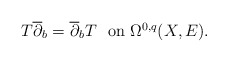
\begin{align*} T\overline\partial_b=\overline\partial_bT\ \ \mbox{on $\Omega^{0,q}(X,E)$}.\end{align*}